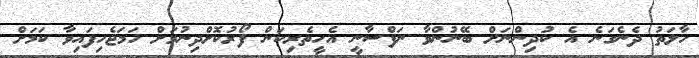
ހާލަތު ދެނެގަނެ އެ ކުދިންނަށް ބޭނުންވާ ނަފްސާނީ އެހީތެރިކަން ފޯރުކޮށްދިނުމަށް ހަމަޖެހިފައިވާ ކަމަށް